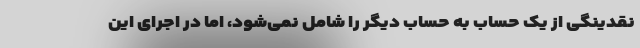
نقدینگی از یک حساب به حساب دیگر را شامل نمی‌شود، اما در اجرای این